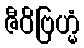
ဇီဝိဗြဟ္မံ